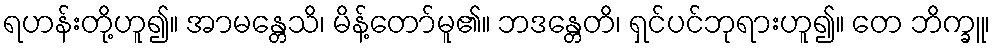
ရဟန်းတို့ဟူ၍။ အာမန္တေသိ၊ မိန့်တော်မူ၏။ ဘဒန္တေတိ၊ ရှင်ပင်ဘုရားဟူ၍။ တေ ဘိက္ခူ၊